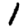
Digit: 1